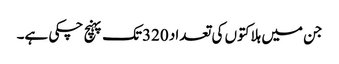
جن میں ہلاکتوں کی تعداد 320تک پہنچ چکی ہے۔